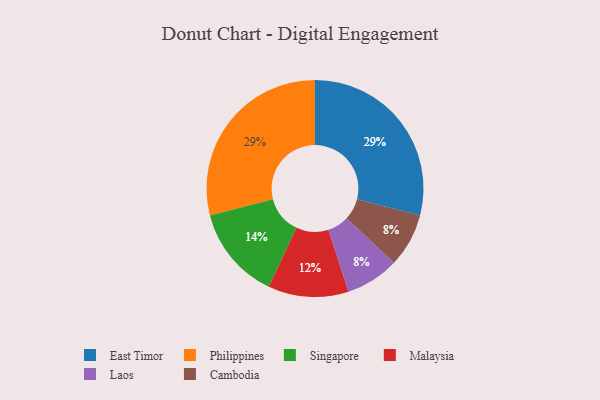
{"axis": {"x": "Category", "y": "Percentage"}, "legend": ["Cambodia", "East Timor", "Laos", "Malaysia", "Philippines", "Singapore"], "data": [{"x": "Malaysia", "y": 12, "type": "Malaysia"}, {"x": "Laos", "y": 8, "type": "Laos"}, {"x": "East Timor", "y": 29, "type": "East Timor"}, {"x": "Singapore", "y": 14, "type": "Singapore"}, {"x": "Cambodia", "y": 8, "type": "Cambodia"}, {"x": "Philippines", "y": 29, "type": "Philippines"}]}